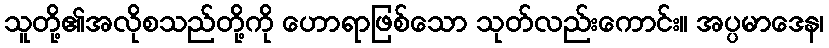
သူတို့၏အလိုစသည်တို့ကို ဟောရာဖြစ်သော သုတ်လည်းကောင်း။ အပ္ပမာဒေန၊